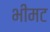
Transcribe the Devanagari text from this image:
भीमट